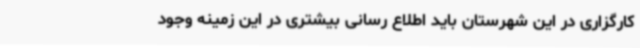
کارگزاری در این شهرستان باید اطلاع رسانی بیشتری در این زمینه وجود